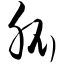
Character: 胍